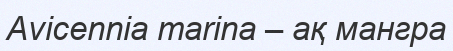
Avicennia marina – ақ мангра